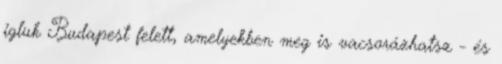
igluk Budapest felett, amelyekben meg is vacsorázhatsz - és